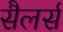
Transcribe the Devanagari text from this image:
सैलर्स